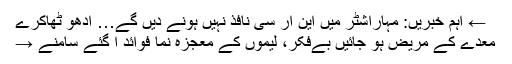
← اہم خبریں: مہاراشٹر میں این آر سی نافذ نہیں ہونے دیں گے… ادھو ٹھاکرے
معدے کے مریض ہو جائیں بےفکر، لیموں کے معجزہ نما فوائد آ گئے سامنے →